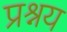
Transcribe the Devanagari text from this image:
प्रश्नय